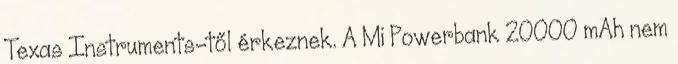
Texas Instruments-től érkeznek. A Mi Powerbank 20000 mAh nem